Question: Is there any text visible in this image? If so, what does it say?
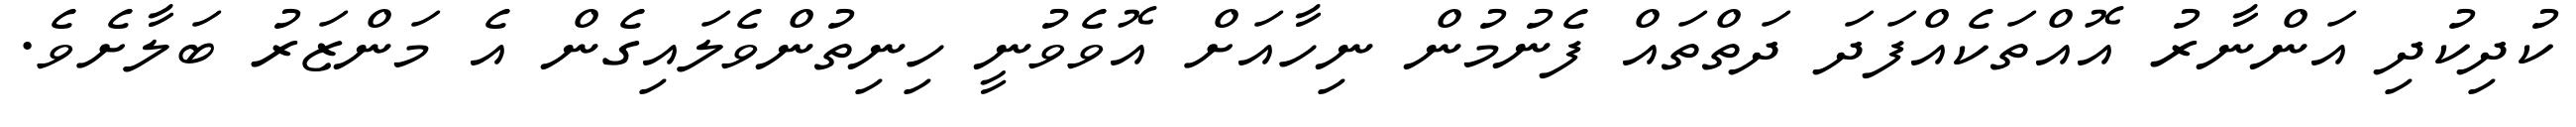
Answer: ކުދިކުދި އަންނާރު އޮއްތަކެއްފަދަ ދަތްތައް ފެނުމުން ނިހާއަށް އޮވެވުނީ ހިނިތުންވެލައިގެން އެ މަންޒަރު ބަލާށެވެ.